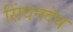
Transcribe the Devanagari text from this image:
सिंघनदेव